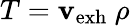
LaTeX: T=\mathbf{v}_{\mathrm{{exh}}}\ \rho